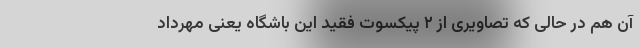
آن هم در حالی که تصاویری از ۲ پیکسوت فقید این باشگاه یعنی مهرداد